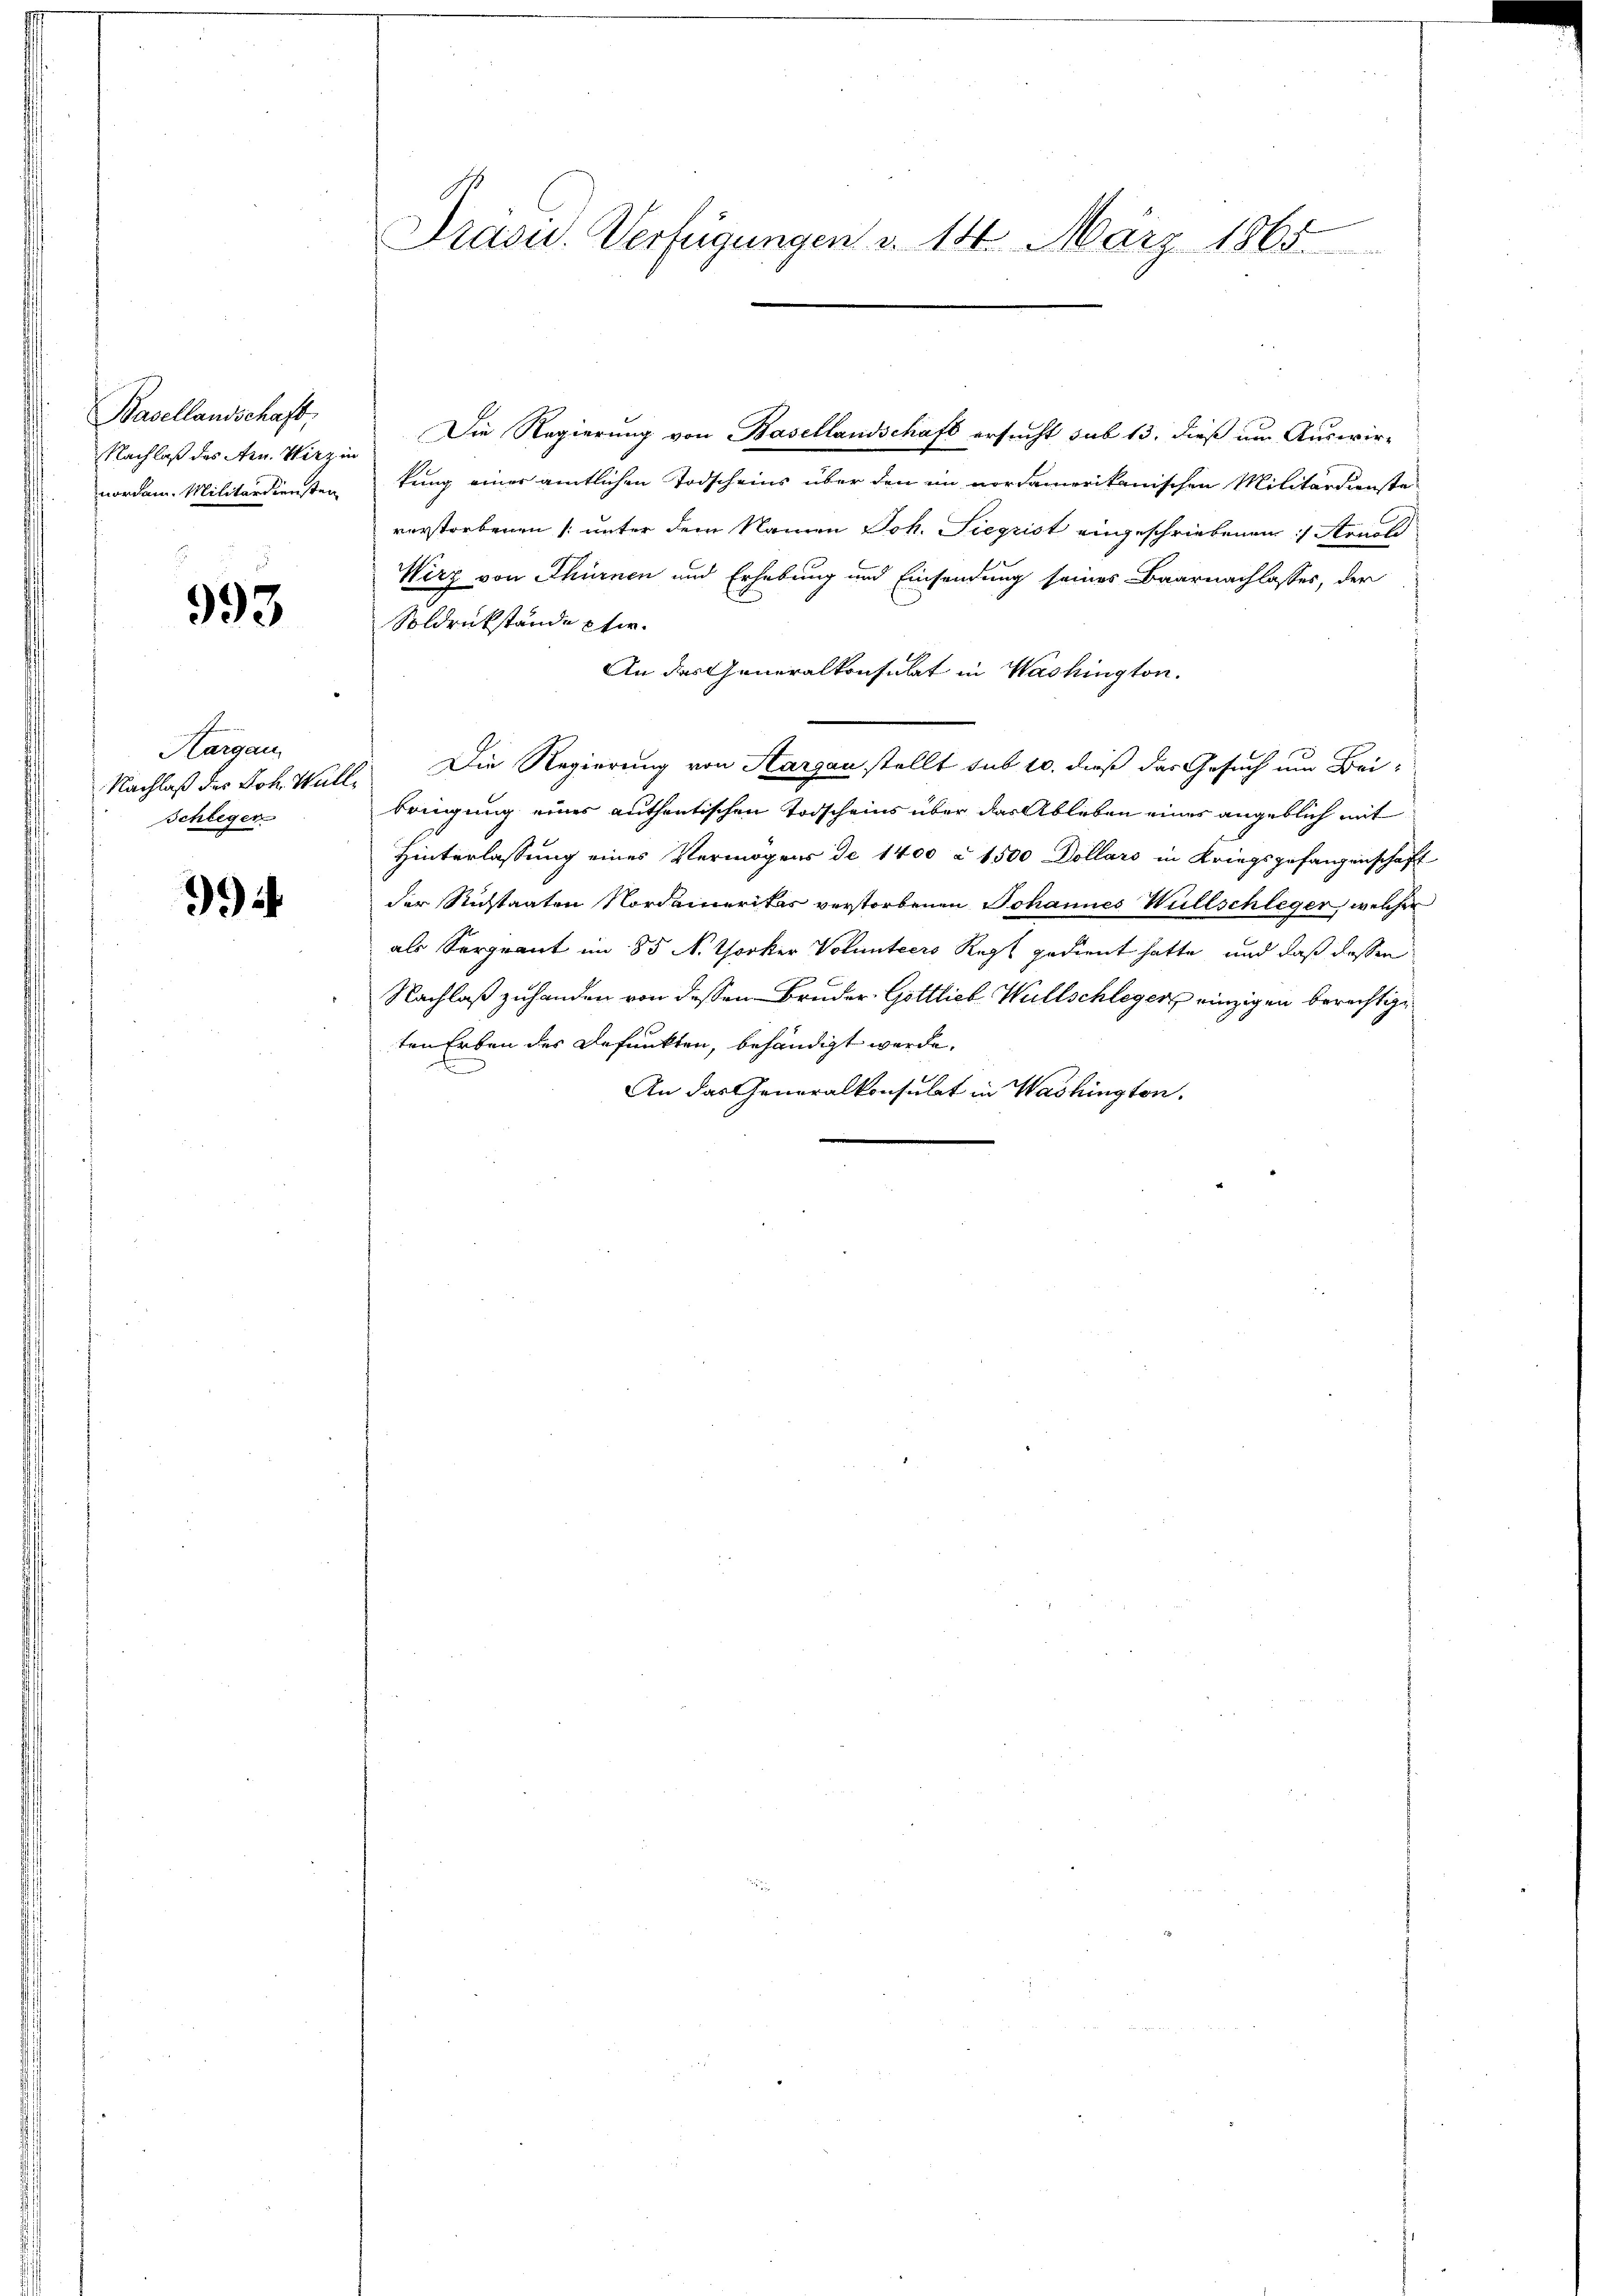
Basellandschaft,
Nachlaß des Arn. Wirz in
nordam. Militärdiensten

993

Kargau.
Nachlaß des Joh. Wall¬
Schlegen

994

Präsid. Verfügungen d. 14. März 1865

Die Regierung von Basellandschaft ersucht sub 13. dieß um Auswir-
kung einer amtlichen Todscheins über den im vorfamerikanischen Militärdienste
verstorbenen (unter dem Namen Joh. Siegrist eingeschriebenen :/ Arnold
Wirz von Thürnen und Erhebung und Einsendung seines Baarnachlasses, der
Soldrükstände pfer.
An das Generalkonsulat in Washington.
Die Regierung von Aargau stellt sub 10. dieß das Gesuch um Bei-
bringung eines authentischen Todscheins über das Ableben eines angeblich mit
Hinterlassung eines Vermögens de 1400 à 1500 Dollars in Kriegsgefangenschaft
der Richtanten Nordamerikas verstorbenen Johannes Wüllschleger, welcher
als Sergrant im 85 N. Thorker Volunters Regl gedient hatte, und daß dassen
Nachlaß zuhanden von dessen Bruder Gottlieb Wüllschlegen, einzigen berechtige
ten Erben des Befunkten, behändigt werde.
E
An das Generalkonsulat in Washington.